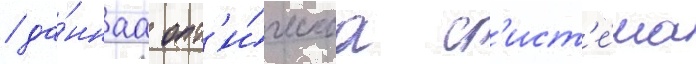
/ да́ннаа опт'и́ческаа с'ист'е́ма